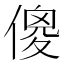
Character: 傻